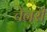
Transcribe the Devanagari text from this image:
चेनरी